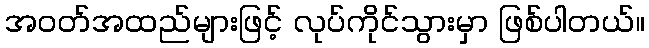
အဝတ်အထည်များဖြင့် လုပ်ကိုင်သွားမှာ ဖြစ်ပါတယ်။